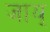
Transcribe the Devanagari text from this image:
जाय्